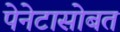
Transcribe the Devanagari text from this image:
पेनेटासोबत